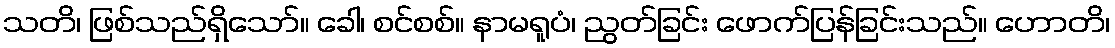
သတိ၊ ဖြစ်သည်ရှိသော်။ ခေါ၊ စင်စစ်။ နာမရူပံ၊ ညွတ်ခြင်း ဖောက်ပြန်ခြင်းသည်။ ဟောတိ၊